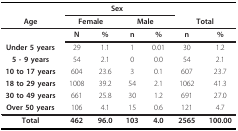
|  | <COLSPAN=4> Sex |  |  |
 | Age | <COLSPAN=2> Female | <COLSPAN=2> Male | <COLSPAN=2> Total |
 | --- | --- | --- | --- | --- | --- | --- |
 |  | N | % | n | % | n | % |
 | Under 5 years | 29 | 1.1 | 1 | 0.01 | 30 | 1.2 |
 | 5 - 9 years | 54 | 2.1 | 0 | 0.0 | 54 | 2.1 |
 | 10 to 17 years | 604 | 23.6 | 3 | 0.1 | 607 | 23.7 |
 | 18 to 29 years | 1008 | 39.2 | 54 | 2.1 | 1062 | 41.3 |
 | 30 to 49 years | 661 | 25.8 | 30 | 1.2 | 691 | 27.0 |
 | Over 50 years | 106 | 4.1 | 15 | 0.6 | 121 | 4.7 |
 | Total | 462 | 96.0 | 103 | 4.0 | 2565 | 100.00 |